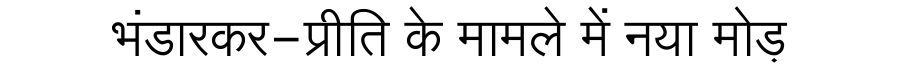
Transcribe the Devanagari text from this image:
भंडारकर-प्रीति के मामले में नया मोड़